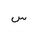
Letter: _sin